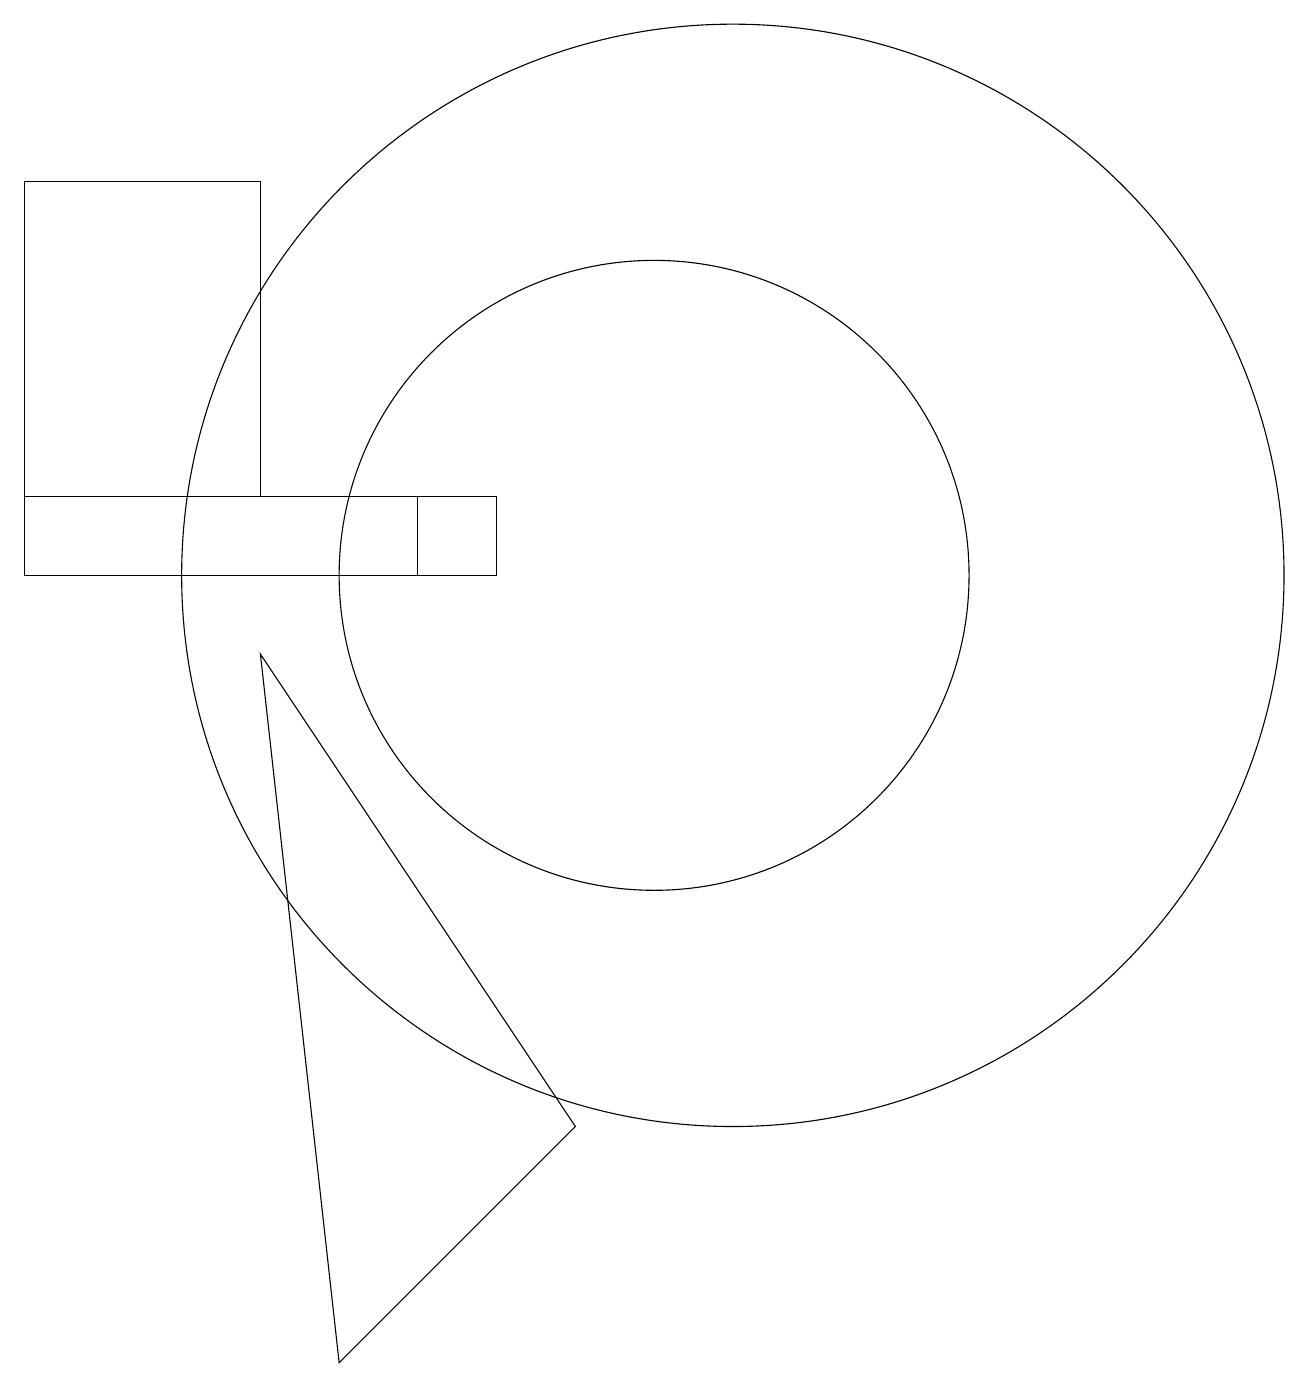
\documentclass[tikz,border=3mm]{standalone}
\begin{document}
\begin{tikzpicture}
\draw (10,10) circle (4);
\draw (11,10) circle (7);
\draw (7,10) rectangle (2,11);
\draw (2,15) rectangle (5,11);
\draw (6,0) -- (5,9) -- (9,3) -- cycle;
\draw (2,10) rectangle (8,11);
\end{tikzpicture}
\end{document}